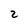
Character: 2